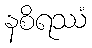
နစိရဿံ